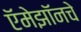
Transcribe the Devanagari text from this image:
ऍमेझॉनचे